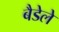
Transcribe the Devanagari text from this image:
बैडेले